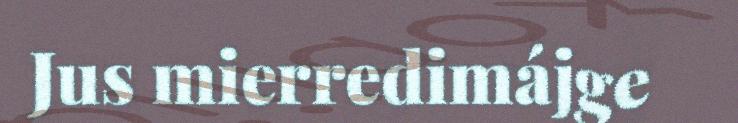
Jus mierredimájge